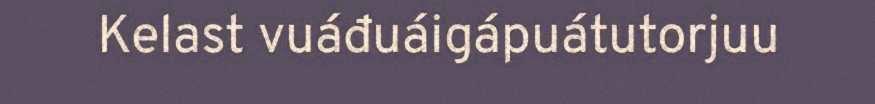
Kelast vuáđuáigápuátutorjuu